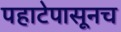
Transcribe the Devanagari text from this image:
पहाटेपासूनच